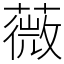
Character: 薇